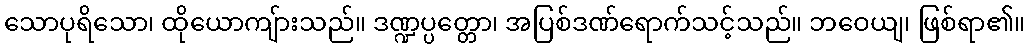
သောပုရိသော၊ ထိုယောကျ်ားသည်။ ဒဏ္ဍပ္ပတ္တော၊ အပြစ်ဒဏ်ရောက်သင့်သည်။ ဘဝေယျ၊ ဖြစ်ရာ၏။